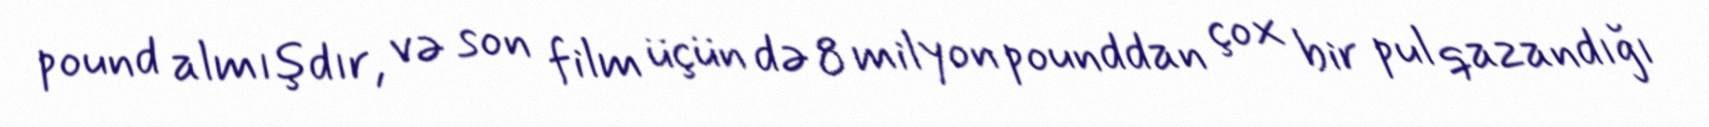
pound almışdır, və son film üçün də 8 milyon pounddan çox bir pul qazandığı